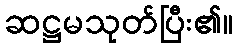
ဆဋ္ဌမသုတ်ပြီး၏။